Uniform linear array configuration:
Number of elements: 24
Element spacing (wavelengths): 0.25
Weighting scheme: exponential
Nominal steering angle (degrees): -45
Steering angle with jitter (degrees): -44.977
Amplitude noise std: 0.05
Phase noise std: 0.05

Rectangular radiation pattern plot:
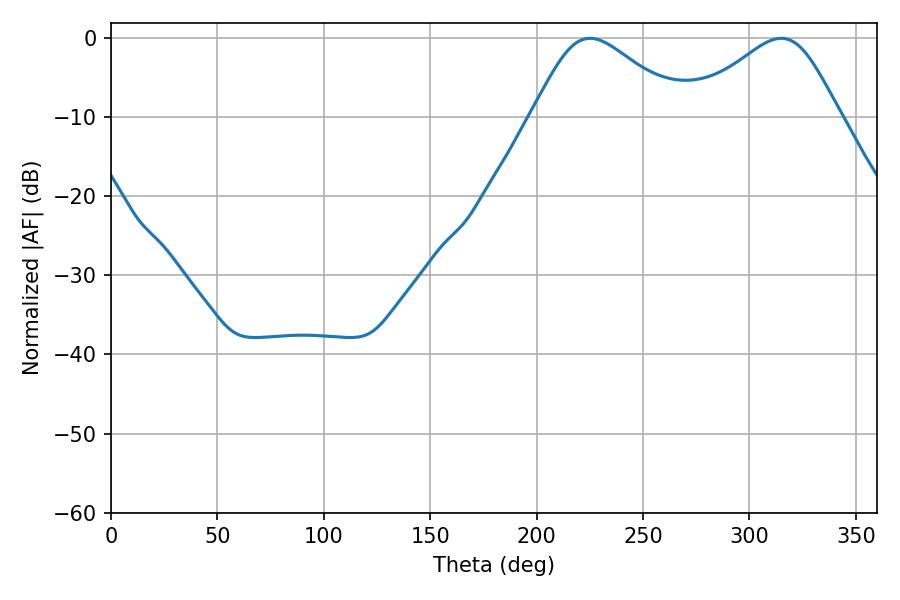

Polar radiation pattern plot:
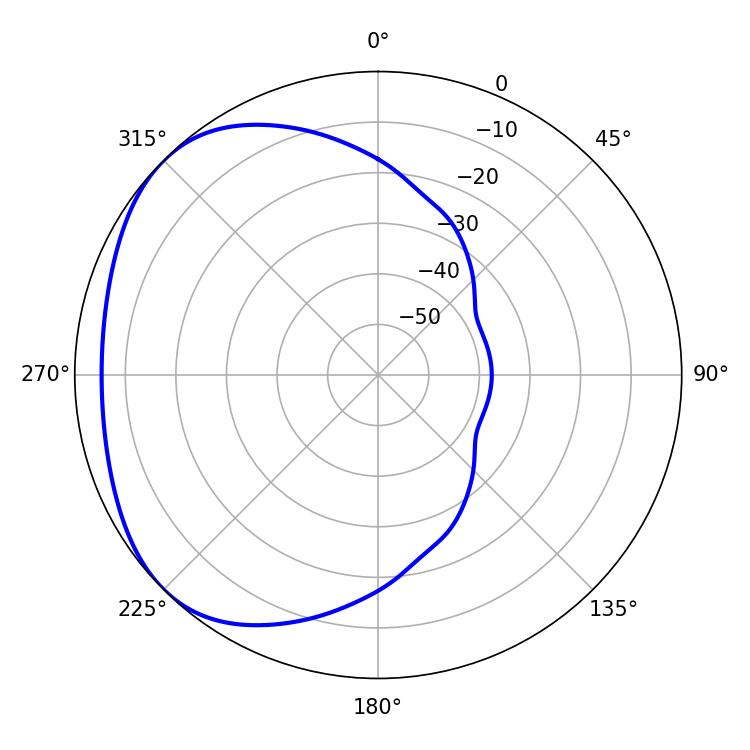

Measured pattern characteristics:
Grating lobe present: FALSE
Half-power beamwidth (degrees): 35.28
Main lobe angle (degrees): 314.82